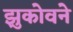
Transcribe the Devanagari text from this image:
झुकोवने